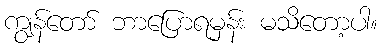
ကျွန်တော် ဘာပြောရမှန်း မသိတော့ပါ။